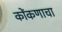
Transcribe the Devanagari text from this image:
कोंकणाचा